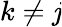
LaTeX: k\neq\mathit{j}